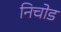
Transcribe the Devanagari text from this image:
निचोड